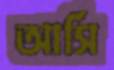
আর্সি